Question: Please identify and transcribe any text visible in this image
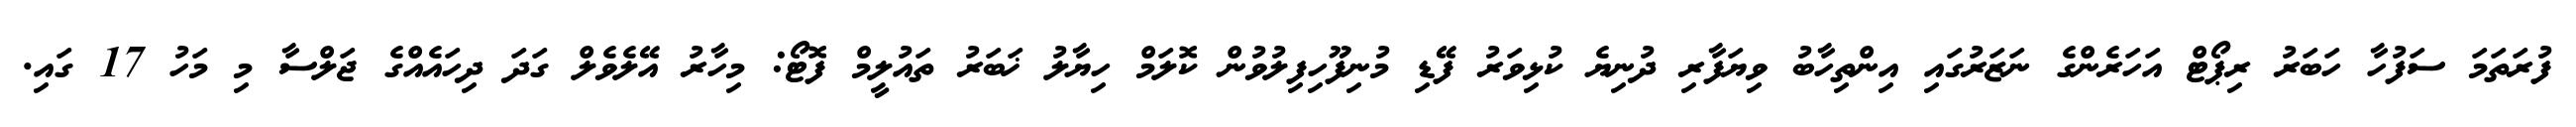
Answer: ފުރަތަމަ ސަފުހާ ހަބަރު ރިޕޯޓް އަހަރެންގެ ނަޒަރުގައި އިންތިހާބު ވިޔަފާރި ދުނިޔެ ކުޅިވަރު ފޭޑި މުނިފޫހިފިލުވުން ކޮލަމް ހިޔާލު ޚަބަރު ތައުލީމް ފޮޓޯ: މިހާރު އޭލެވެލް ގަދަ ދިހައެއްގެ ޖަލްސާ މި މަހު 17 ގައި.